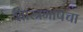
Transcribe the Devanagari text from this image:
शास्त्रभाषेचा